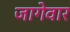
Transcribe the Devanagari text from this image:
जागेवार